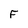
Character: F